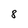
Character: 8